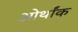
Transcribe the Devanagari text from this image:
ओर्थांक